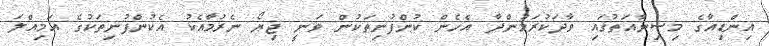
އިންޑިއާގެ މިސިނާއަތުގައި ވާދަކުރަމުންދާ އެހެން ކުންފުނިތަކުން ވަނީ ޖިޔޯ ނެރުމާއެކު އެކުންފުނިތަކުގެ އަމިއްލަ